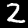
Digit: 2